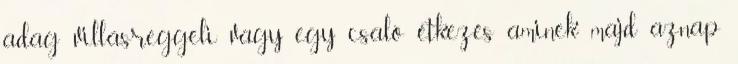
adag villásreggeli vagy egy csaló étkezés aminek majd aznap